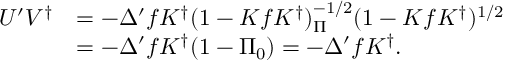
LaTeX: \begin{array} { r l } { { U ^ { \prime } V ^ { \dag } } } & { { = - \Delta ^ { \prime } f K ^ { \dag } ( 1 - K f K ^ { \dag } ) _ { \Pi } ^ { - 1 / 2 } ( 1 - K f K ^ { \dag } ) ^ { 1 / 2 } } } \\ { { } } & { { = - \Delta ^ { \prime } f K ^ { \dag } ( 1 - \Pi _ { 0 } ) = - \Delta ^ { \prime } f K ^ { \dag } . } } \end{array}